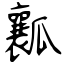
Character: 瓤